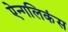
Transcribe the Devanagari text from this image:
ऐन्गलिकंस